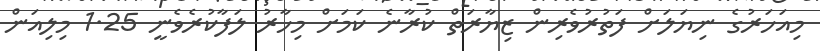
މިއަހަރުގެ ނިޔަލަށް ފަތުރުވެރިން ޒިޔާރަތް ކުރާނެ ކަމަށް މިހާރު ލަފާކުރެވެނީ 1.25 މިލިއަން